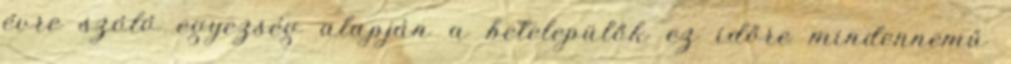
évre szóló egyezség alapján a betelepülők ez időre mindennemű